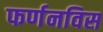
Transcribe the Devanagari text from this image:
फर्णनविस